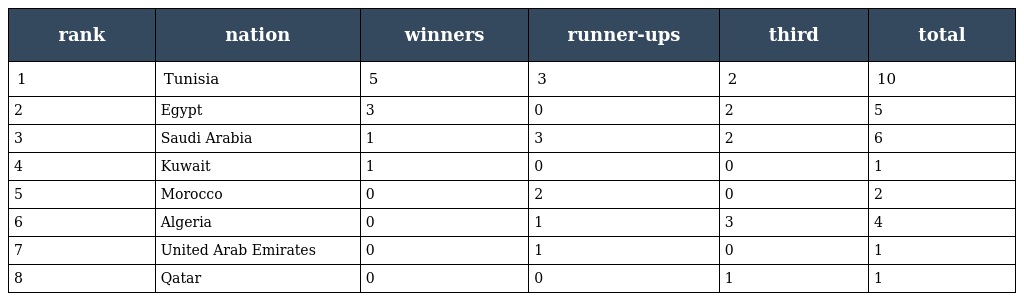
| rank | nation | winners | runner-ups | third | total |
 | --- | --- | --- | --- | --- | --- |
 | 1 | Tunisia | 5 | 3 | 2 | 10 |
 | 2 | Egypt | 3 | 0 | 2 | 5 |
 | 3 | Saudi Arabia | 1 | 3 | 2 | 6 |
 | 4 | Kuwait | 1 | 0 | 0 | 1 |
 | 5 | Morocco | 0 | 2 | 0 | 2 |
 | 6 | Algeria | 0 | 1 | 3 | 4 |
 | 7 | United Arab Emirates | 0 | 1 | 0 | 1 |
 | 8 | Qatar | 0 | 0 | 1 | 1 |